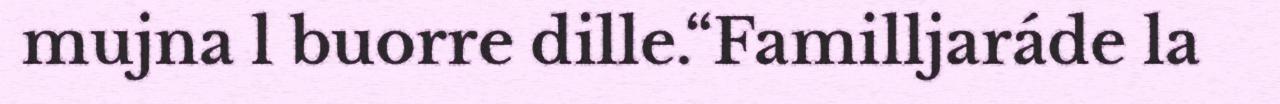
mujna l buorre dille.“Familljaráde la